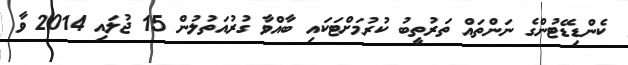
ކެންޑިޑޭޓުންގެ ނަންތައް ތަރުތީބު ކުރުމަށްޓަކައި ބާއްވާ ގުރުއަތުލުން 15 ޖުލައި 2014 ވާ